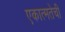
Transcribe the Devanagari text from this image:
एकात्मतेची